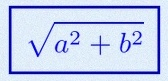
\sqrt{a^2+b^2}